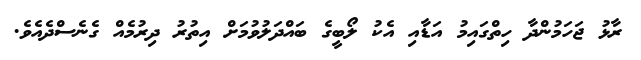
ރާޅު ޖަހަމުންދާ ހިތްގައިމު އަޑާއި އެކު ލޯބީގެ ބައްދަލުވުމަށް އިތުރު ދިރުމެއް ގެނެސްދެއެވެ.